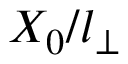
X _ { 0 } / l _ { \perp }